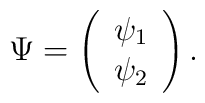
\Psi=\left(\begin{array}{c}\psi_1\\ \psi_2\end{array}\right).